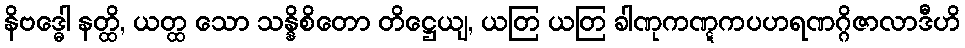
နိဗဒ္ဓေါ နတ္ထိ, ယတ္ထ သော သန္နိစိတော တိဋ္ဌေယျ, ယတြ ယတြ ခါဏုကဏ္ဋကပဟရဏဂ္ဂိဇာလာဒီဟိ